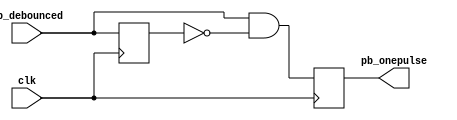
module onepulse(clk, pb_debounced, pb_onepulse);
    input clk;
    input pb_debounced;
    output pb_onepulse;

    reg pb_debounced_delay;
    reg pb_onepulse;

    always @(posedge clk) begin
        pb_onepulse <= pb_debounced & (!pb_debounced_delay);
        pb_debounced_delay <= pb_debounced;
    end

endmodule